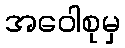
အဝေါစုမှ